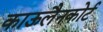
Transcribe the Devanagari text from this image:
काऊलैनकोर्ट